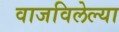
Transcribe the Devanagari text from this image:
वाजविलेल्या